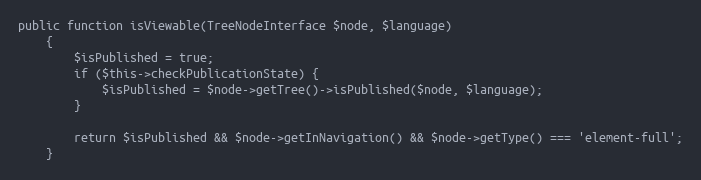
Language: PHP
public function isViewable(TreeNodeInterface $node, $language)
    {
        $isPublished = true;
        if ($this->checkPublicationState) {
            $isPublished = $node->getTree()->isPublished($node, $language);
        }

        return $isPublished && $node->getInNavigation() && $node->getType() === 'element-full';
    }